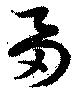
芻